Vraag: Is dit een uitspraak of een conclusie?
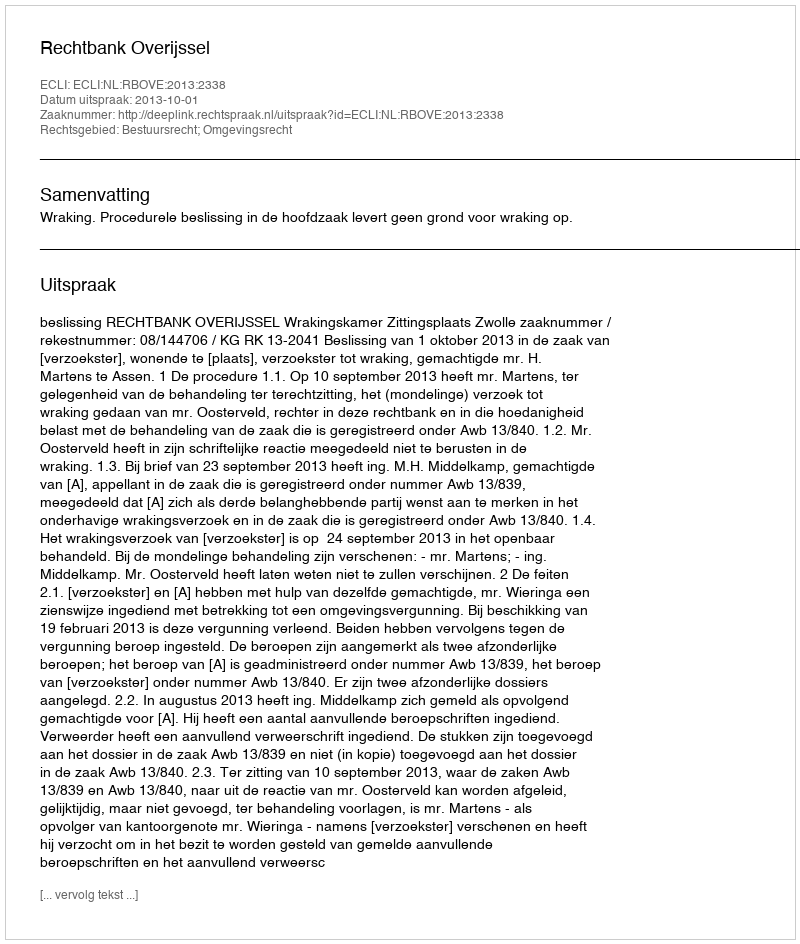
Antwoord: Uitspraak